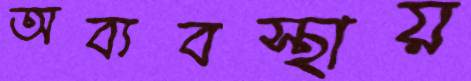
অব্যবস্থায়